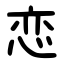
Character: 恋